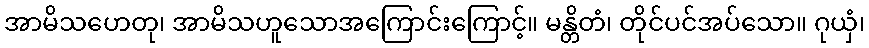
အာမိသဟေတု၊ အာမိသဟူသောအကြောင်းကြောင့်။ မန္တိတံ၊ တိုင်ပင်အပ်သော။ ဂုယှံ၊